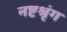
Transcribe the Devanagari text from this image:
नष्टश्रृंग